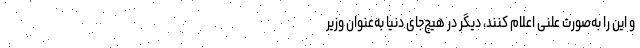
و این را به‌صورت علنی اعلام کنند، دیگر در هیچ‌جای دنیا به‌عنوان وزیر